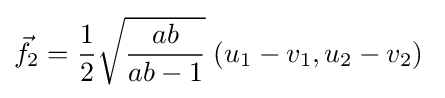
{\vec {f}}_{2}={\frac {1}{2}}{\sqrt {\frac {ab}{ab-1}}}\;(u_{1}-v_{1},u_{2}-v_{2})\;